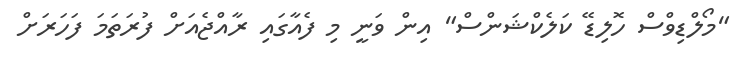
"މޯލްޑިވްސް ހޮލިޑޭ ކަލެކްޝަންސް" އިން ވަނީ މި ފެއާގައި ރާއްޖެއަށް ފުރަތަމަ ފަހަރަށް